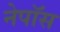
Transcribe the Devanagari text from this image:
नेपॉस